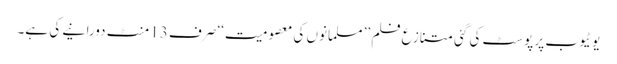
یوٹیوب پر پوسٹ کی گئی متنازع فلم ’’ مسلمانوں کی معصومیت‘‘ صرف 13 منٹ دورانیے کی ہے۔